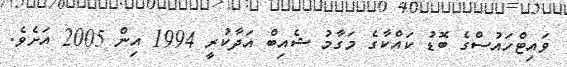
ވައިޓްހައުސްގެ ބޮޑު ކައްކާގެ މަގާމު ޝެއިބް އަދާކުރީ 1994 އިން 2005 އަށެވެ.